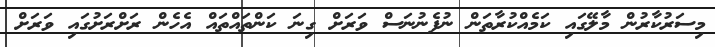
މިސަރުކާރުން މާލޭގައި ކަމެއްކުރާތަން ނުފެނުނަސް ވަރަށް ގިނަ ކަންތައްތައް އެހެން ރަށްރަށުގައި ވަރަށް